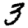
Digit: 3